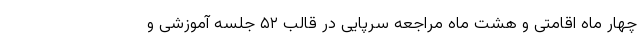
چهار ماه اقامتی و هشت ماه مراجعه سرپایی در قالب ۵۲ جلسه آموزشی و